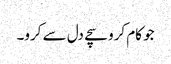
جو کام کرو سچے دل سے کرو۔